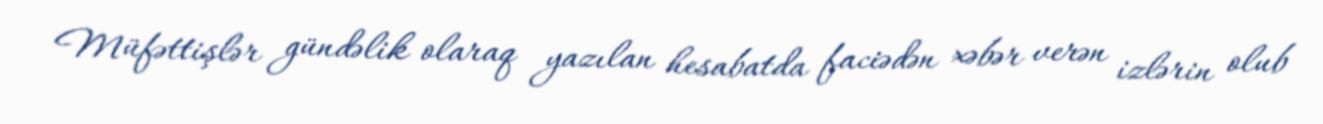
Müfəttişlər gündəlik olaraq yazılan hesabatda faciədən xəbər verən izlərin olub